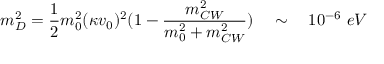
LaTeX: m _ { D } ^ { 2 } = \frac { 1 } { 2 } m _ { 0 } ^ { 2 } ( \kappa v _ { 0 } ) ^ { 2 } ( 1 - \frac { m _ { C W } ^ { 2 } } { m _ { 0 } ^ { 2 } + m _ { C W } ^ { 2 } } ) \ \ \ \sim \ \ \ 1 0 ^ { - 6 } \ e V